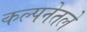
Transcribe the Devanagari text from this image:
कल्पनेतले